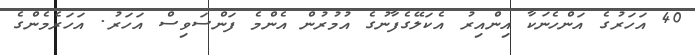
40 އަހަރުގެ އަންހެނަކާ އިންއިރު އެކަލޭގެފާނުގެ އުމުރުން އެންމެ ފަންސަވިސް އަހަރު. އަހަރެމެންގެ